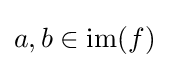
a,b\in {\text{im}}(f)